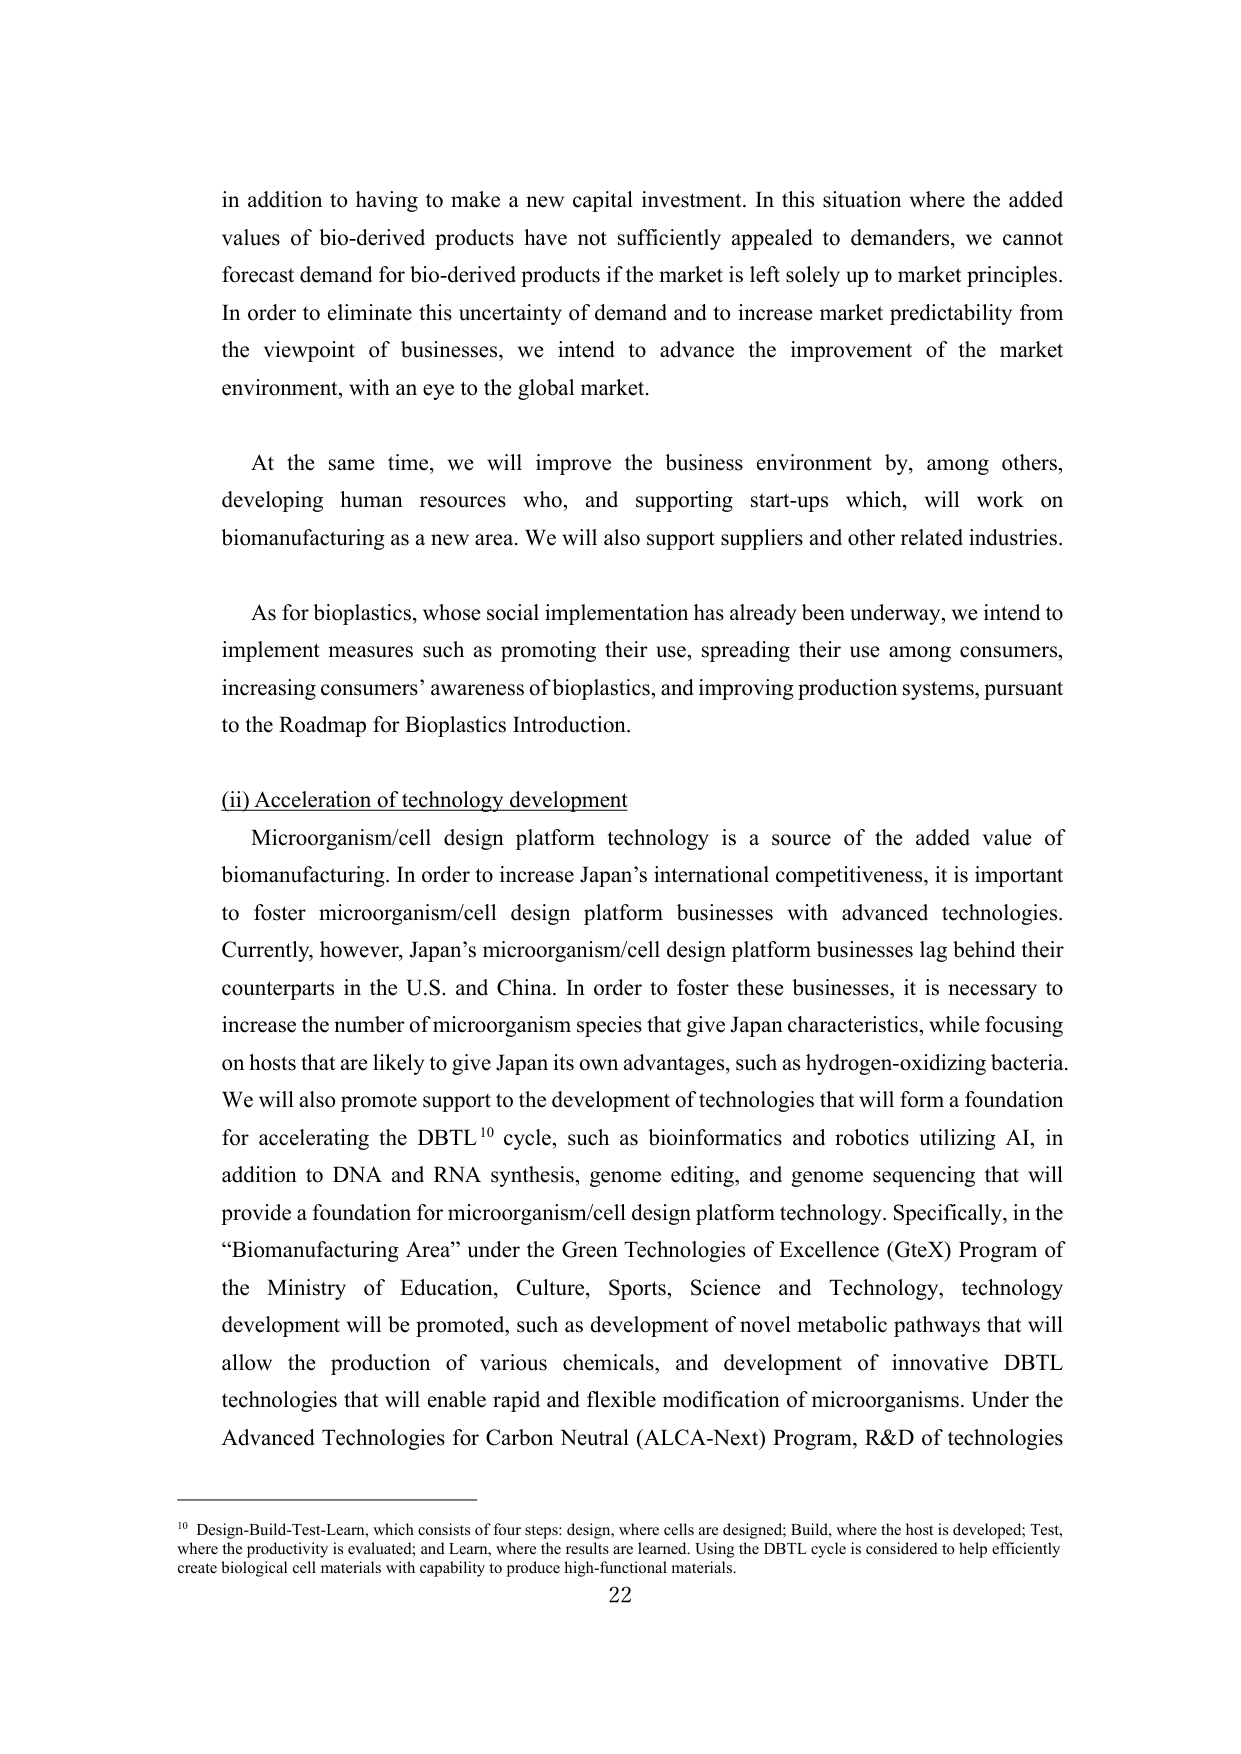
in addition to having to make a new capital investment. In this situation where the added values of bio-derived products have not sufficiently appealed to demanders, we cannot forecast demand for bio-derived products if the market is left solely up to market principles. In order to eliminate this uncertainty of demand and to increase market predictability from the viewpoint of businesses, we intend to advance the improvement of the market environment, with an eye to the global market.

At the same time, we will improve the business environment by, among others, developing human resources who, and supporting start-ups which, will work on biomanufacturing as a new area. We will also support suppliers and other related industries.

As for bioplastics, whose social implementation has already been underway, we intend to implement measures such as promoting their use, spreading their use among consumers, increasing consumers’ awareness of bioplastics, and improving production systems, pursuant to the Roadmap for Bioplastics Introduction.

(ii) Acceleration of technology development

Microorganism/cell design platform technology is a source of the added value of biomanufacturing. In order to increase Japan’s international competitiveness, it is important to foster microorganism/cell design platform businesses with advanced technologies. Currently, however, Japan’s microorganism/cell design platform businesses lag behind their counterparts in the U.S. and China. In order to foster these businesses, it is necessary to increase the number of microorganism species that give Japan characteristics, while focusing on hosts that are likely to give Japan its own advantages, such as hydrogen-oxidizing bacteria. We will also promote support to the development of technologies that will form a foundation for accelerating the DBTL¹⁰ cycle, such as bioinformatics and robotics utilizing AI, in addition to DNA and RNA synthesis, genome editing, and genome sequencing that will provide a foundation for microorganism/cell design platform technology. Specifically, in the “Biomanufacturing Area” under the Green Technologies of Excellence (GteX) Program of the Ministry of Education, Culture, Sports, Science and Technology, technology development will be promoted, such as development of novel metabolic pathways that will allow the production of various chemicals, and development of innovative DBTL technologies that will enable rapid and flexible modification of microorganisms. Under the Advanced Technologies for Carbon Neutral (ALCA-Next) Program, R&D of technologies

¹⁰ Design-Build-Test-Learn, which consists of four steps: design, where cells are designed; Build, where the host is developed; Test, where the productivity is evaluated; and Learn, where the results are learned. Using the DBTL cycle is considered to help efficiently create biological cell materials with capability to produce high-functional materials.

22